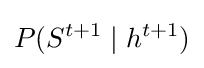
P(S^{t+1}\mid h^{t+1})